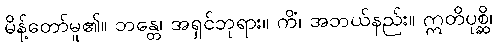
မိန့်တော်မူ၏။ ဘန္တေ၊ အရှင်ဘုရား။ ကိံ၊ အဘယ်နည်း။ ဣတိပုစ္ဆိ၊